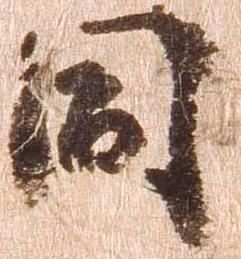
同